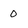
Character: 0